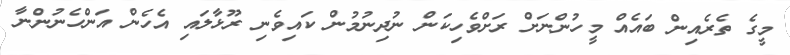
މީގެ ތެރެއިން ބައެއް މީހުންނަށް ރަށްވެހިކަން ނުދިނުމުން ކައިވެނި ރޫޅާލައި އެހެން އަންހެނުންނާ